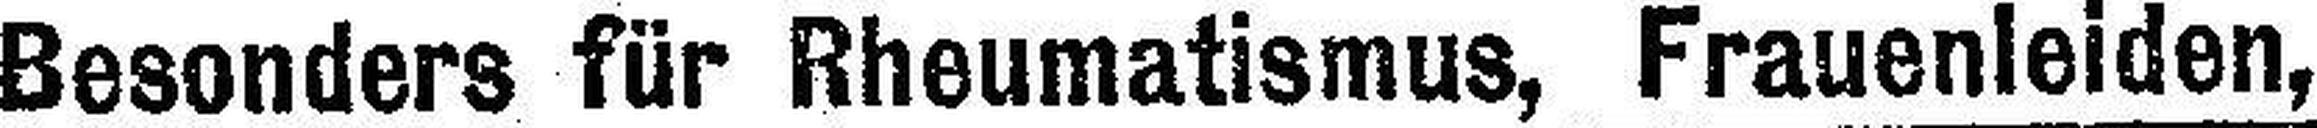
Besonders für Rheumatismus, Frauenleiden,